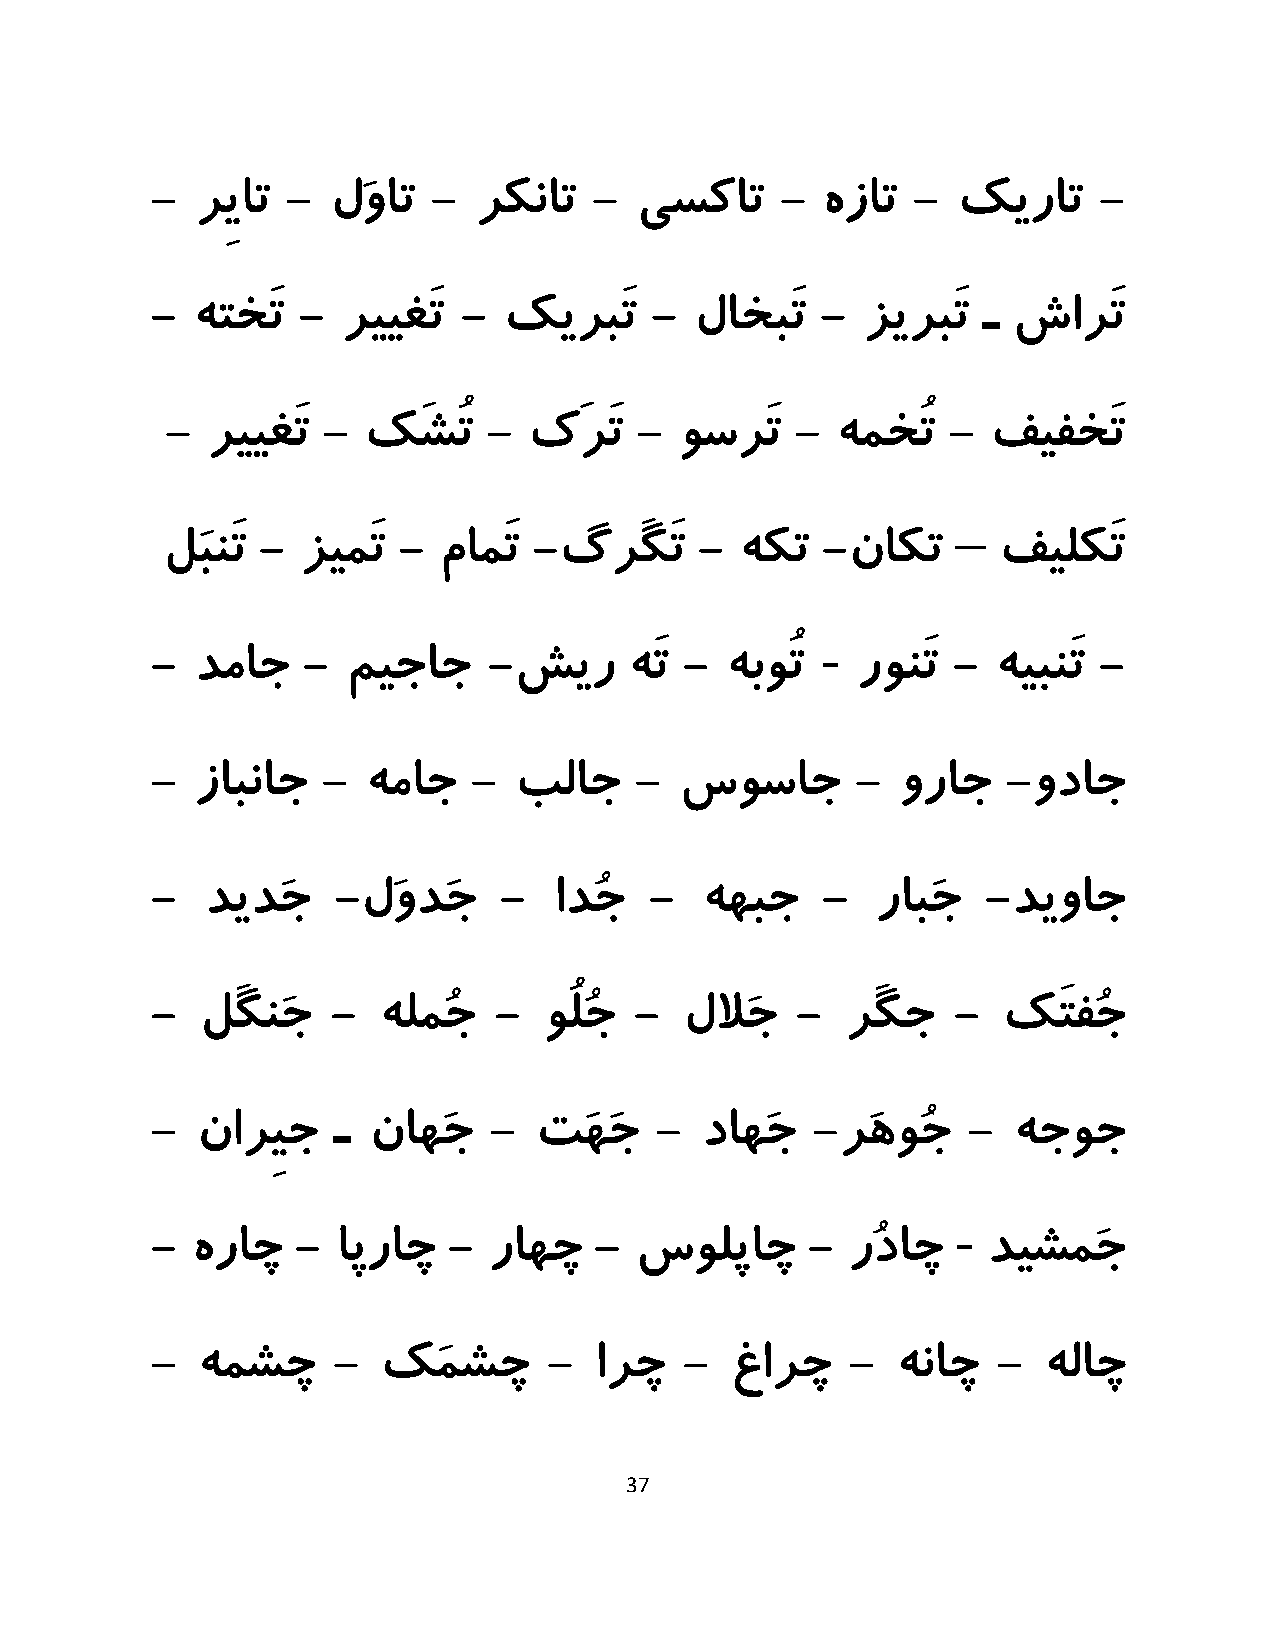
-  رِیات -  لَوات  - رکنات   -  یسکات     - هزات  -  کیرات     -
 -  هتخَت  -  رییغَت -  کیربَت    -  لاخبَت  -  زیربَت  ـ شارَت
 -  رییغَت -  کَشُت   -  کَرَت  -  وسرَت   - همخُت   -  فیفخَت
 –
 لَبنَت - زیمَت -  مامَت -گرَگَت    -  هکت  -ناکت       فیلکَت
 -
 -  دماج   -  میجاج    -شیر      هَت - هبوُت    رونَت -  هیبنَت -
 -  زابناج  -  هماج   -  بلاج    -  سوساج       -  وراج   -وداج
 -   دیدَج   -لَودَج    -   ادُج  -  ههبج    -   رابَج  -دیواج
 -  لَگنَج   -  هلمُج   -  وُلُج -  للاَج   -  رَگج   -  کَتفُج
 -  نارِیج   ـ ناهَج   -  تَهَج   -  داهَج   -رَهوُج   -  هجوج
 -
 -  هراچ   - اپراچ   - راهچ   -  سولپاچ     -  رُداچ    دیشمَج
 -  همشچ     -  کَمشچ      -  ارچ   -  غارچ    -  هناچ   -  هلاچ
 37